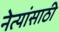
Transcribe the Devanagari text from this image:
नेत्यांसाठी